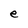
Character: e